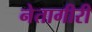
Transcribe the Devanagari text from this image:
नेतागीरी